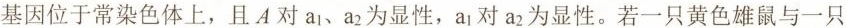
基因位于常染色体上，且A对a_{1}，a_{2}为显性，a_{1}对a_{2}为显性。若一只黄色雄鼠与一只